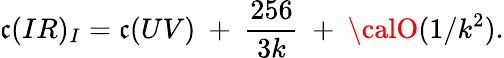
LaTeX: \mathfrak{c}(IR)_{I}=\mathfrak{c}(UV)~+~{\frac{{256}}{{3k}}}~+~{\calO}(1/k^{2}).